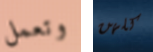
وتعمل كلهن